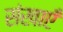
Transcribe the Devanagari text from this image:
संखाएँ